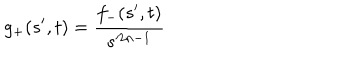
g _ { + } ( s ^ { \prime } , t ) = \frac { f _ { - } ( s ^ { \prime } , t ) } { s ^ { 2 n - 1 } }